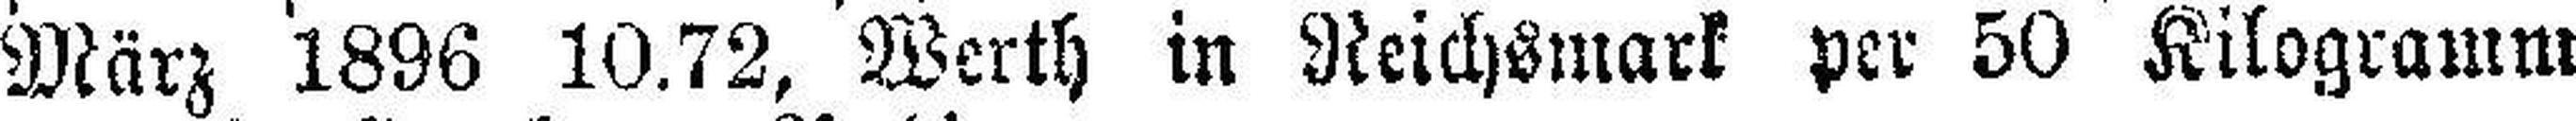
März 1896 10.72, Werth in Reichsmark per 50 Kilogramm